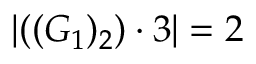
\left| ( ( G _ { 1 } ) _ { 2 } ) \cdot 3 \right| = 2